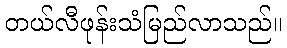
တယ်လီဖုန်းသံမြည်လာသည်။